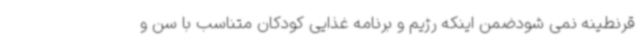
قرنطینه نمی شودضمن اینکه رژیم و برنامه غذایی کودکان متناسب با سن و